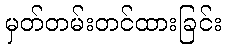
မှတ်တမ်းတင်ထားခြင်း